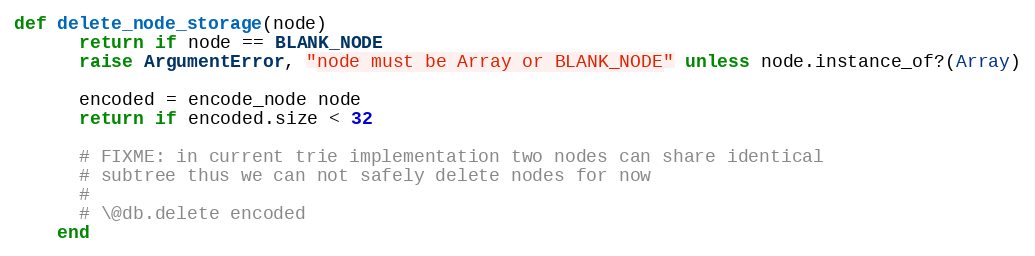
Language: Ruby
def delete_node_storage(node)
      return if node == BLANK_NODE
      raise ArgumentError, "node must be Array or BLANK_NODE" unless node.instance_of?(Array)

      encoded = encode_node node
      return if encoded.size < 32

      # FIXME: in current trie implementation two nodes can share identical
      # subtree thus we can not safely delete nodes for now
      #
      # \@db.delete encoded
    end